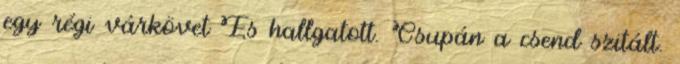
egy régi várkövet És hallgatott. Csupán a csend szitált.